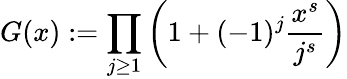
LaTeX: G(x):=\prod_{j\ge 1}\bigg(1+(-1)^{j}\frac{x^{s}}{j^{s}}\bigg)